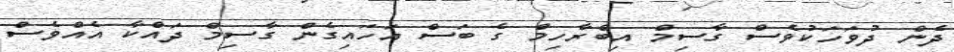
ދެން ދުވަހަކުވެސް ގާސިމް އިބްރާހިމް ގެ ބަސް އަހައިގެން ގާސިމް ދައްކާ އެއްވެސް